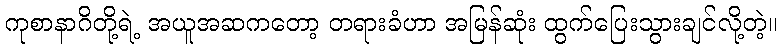
ကုစာနာဂိတို့ရဲ့ အယူအဆကတော့ တရားခံဟာ အမြန်ဆုံး ထွက်ပြေးသွားချင်လို့တဲ့။